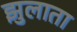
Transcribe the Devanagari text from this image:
झुलाता